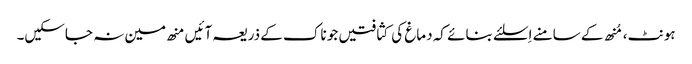
ہونٹ، مُنھ کے سامنے اِسلئے بنائے کہ دماغ کی کثافتیں جو ناک کے ذریعہ آئیں منھ مین نہ جاسکیں۔